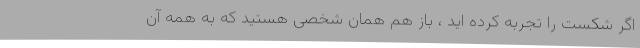
اگر شکست را تجربه کرده اید ، باز هم همان شخصی هستید که به همه آن